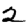
Digit: 2